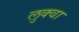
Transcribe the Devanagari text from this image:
लुक्वा